Indian journal of veterinary science and animal husbandry - Volume 5,
Year: 1935
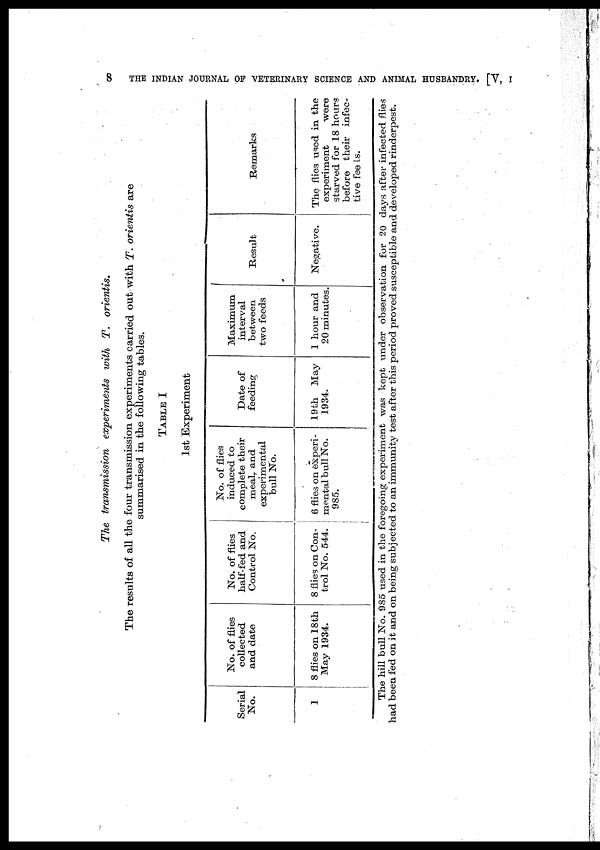
8
THE INDIAN JOURNAL OF VETERINARY SCIENCE AND ANIMAL HUSBANDRY. [V, I
The transmission experiments with T.
orientis.
The results of all the four transmission experiments carried out with T. orientis are
summarised in the following tables.
TABLE I
1st Experiment
Serial
No.
1
No. of flies
collected
and date
8 flies on 18th
May 1934.
No. of flies
half-fed and
Control No.
8 flies on Con-
trol No. 544.
No. of flies
induced to
complete their
meal, and
experimental
bull No.
6 flies on experi-
mental bull No.
985.
Date of
feeding
19 th May
1934.
Maximum
interval
between
two feeds
1 hour and
20 minutes.
Result
Negative.
Remarks
The flies used in the
experiment
were
starved for 18 hours
before their infec-
tive feeds.
The hill bull No. 985 used in the foregoing experiment was kept under observation for 20 days after infected flies
had been fed on it and on being subjected to an immunity test after this period proved susceptible and developed rinderpest.